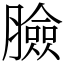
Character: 臉